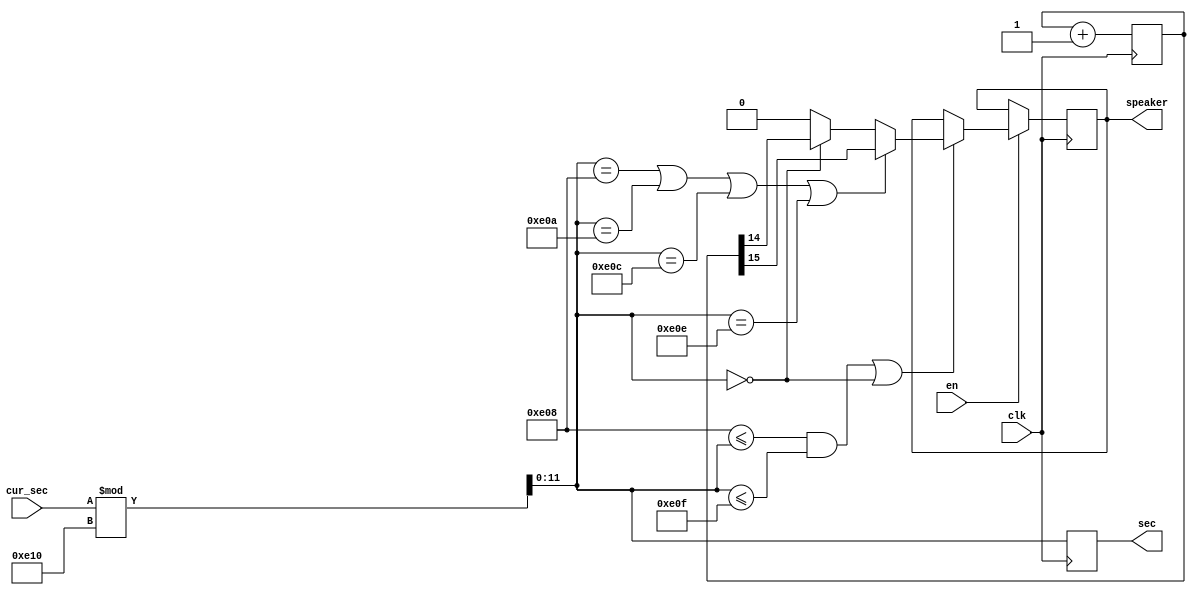
`timescale 1ns / 1ps

// this will alarm for hours

module hour_check(clk,en,cur_sec,speaker,sec);

input clk,en;
input [16:0] cur_sec;
output reg speaker;

output reg [11:0] sec;

reg [15:0] counter=0;
always @(posedge clk) counter <= counter+1;


always @ (posedge clk) begin
    sec = cur_sec % 3600;
    if(en) begin
    if((3592 <= sec && sec <= 3599)||(sec == 0)) begin
        if(sec ==3592 ||sec==3594||sec==3596||sec==3598)
            speaker = counter[15];
        else if (sec==0)
            speaker = counter[14];
        else
            speaker = 0;
    end 
    end
end


endmodule